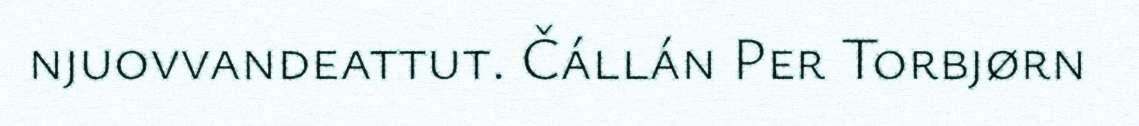
njuovvandeattut. Čállán Per Torbjørn